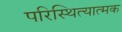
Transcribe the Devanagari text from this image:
परिस्थित्यात्मक